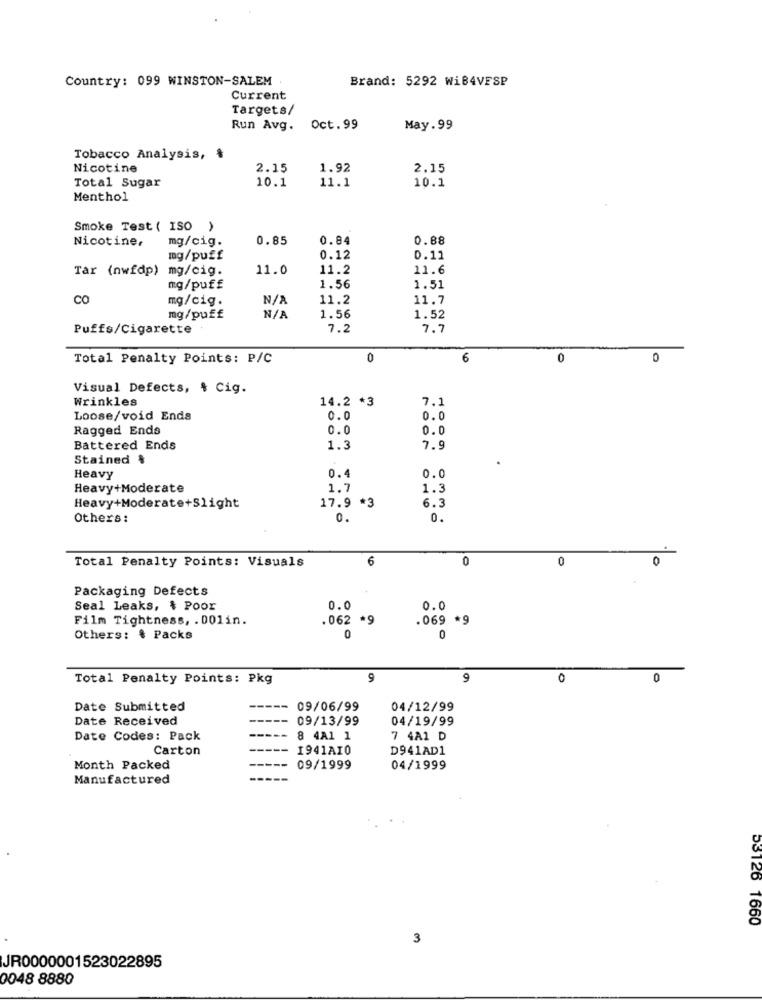
Country: 099 WINSTON-SALEM
Brand: 5292 WiB4VESP
Current
Targets/
Run Avg. Oct.99
May. 99
Tobacco Analysis, ៛
Nicotine
2.15
1.92
2.15
Total Sugar
10.1
11.1
10.1
Menthol
Smoke Test ( ISO )
Nicotine.
mg/cig.
0.85
0.84
0.88
mg/puff
0.12
0.11
Tar (nwfdp) mg/cig.
11.0
11.2
11.6
mg/puff
1.56
1.51
CO
mg/cig.
11.2
11.7
mg/puff
1.56
1.52
Puffs/Cigarette
7.2
7.7
Total Penalty Points: P/C
0
6
0
0
Visual Defects, $ Cig.
Wrinkles
7.
14.2 *3
Loose/void Ends
0.0
0.0
Ragged Ends
0.0
0.0
Battered Ends
1.3
7.9
Stained &
Heavy
0.4
0.0
Heavy+Moderate
1.7
1.3
Heavy+Moderate+Slight
17.9 *
6.3
Others:
0.
0.
6
0
0
0
Total Penalty Points: Visuals
Packaging Defects
Seal Leaks, & Poor
0.0
0.0
Film Tightness, . 001in.
.062 *9
.069 *9
Others: $ Packs
0
0
Total Penalty Points: Pkg
9
9
0
0
Date Submitted
09/06/99
04/12/99
Date Received
09/13/99
04/19/99
Date Codes: Pack
8 4A1 1
7 4A1 D
Carton
1941AI0
D941AD1
Month Packed
09/1999
04/1999
Manufactured
53126 1660
3
JR0000001523022895
0048 8880